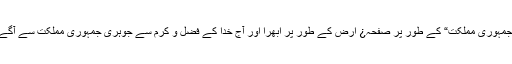
پاکستان ایک ”اسلامی فلاحی جمہوری مملکت“ کے طور پر صفحہ¿ ارض کے طور پر اُبھرا اور آج خدا کے فضل و کرم سے جوہری جمہوری مملکت سے آگے کی منازل طے کر رہا ہے!